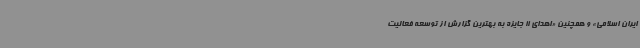
ایران اسلامی» و همچنین «اهدای 11 جایزه به بهترین گزارش از توسعه فعالیت